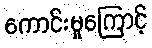
ကောင်းမှုကြောင့်